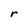
Character: r